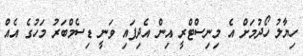
ހިޔާލު ހޯދުމަށް އެ މިނިސްޓްރީ އިން އެދިފައި ވަނީ ޑިސެމްބަރު މަހުގެ އެއް